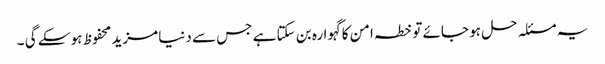
یہ مسئلہ حل ہو جائے تو خطہ امن کا گہوارہ بن سکتا ہے جس سے دنیا مزید محفوظ ہو سکے گی ۔